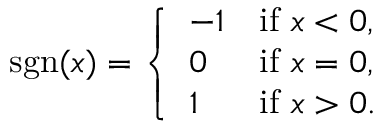
\operatorname { s g n } ( x ) = { \left\{ \begin{array} { l l } { - 1 } & { { \mathrm { i f ~ } } x < 0 , } \\ { 0 } & { { \mathrm { i f ~ } } x = 0 , } \\ { 1 } & { { \mathrm { i f ~ } } x > 0 . } \end{array} \right. }